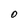
Character: O